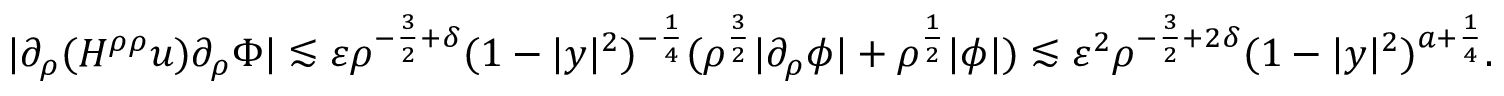
| \partial _ { \rho } ( H ^ { \rho \rho } u ) \partial _ { \rho } \Phi | \lesssim \varepsilon \rho ^ { - \frac 3 2 + \delta } ( 1 - | y | ^ { 2 } ) ^ { - \frac 1 4 } ( \rho ^ { \frac 3 2 } | \partial _ { \rho } \phi | + \rho ^ { \frac 1 2 } | \phi | ) \lesssim \varepsilon ^ { 2 } \rho ^ { - \frac 3 2 + 2 \delta } ( 1 - | y | ^ { 2 } ) ^ { a + \frac 1 4 } .